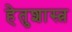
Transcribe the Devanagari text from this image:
हेतुशास्त्र